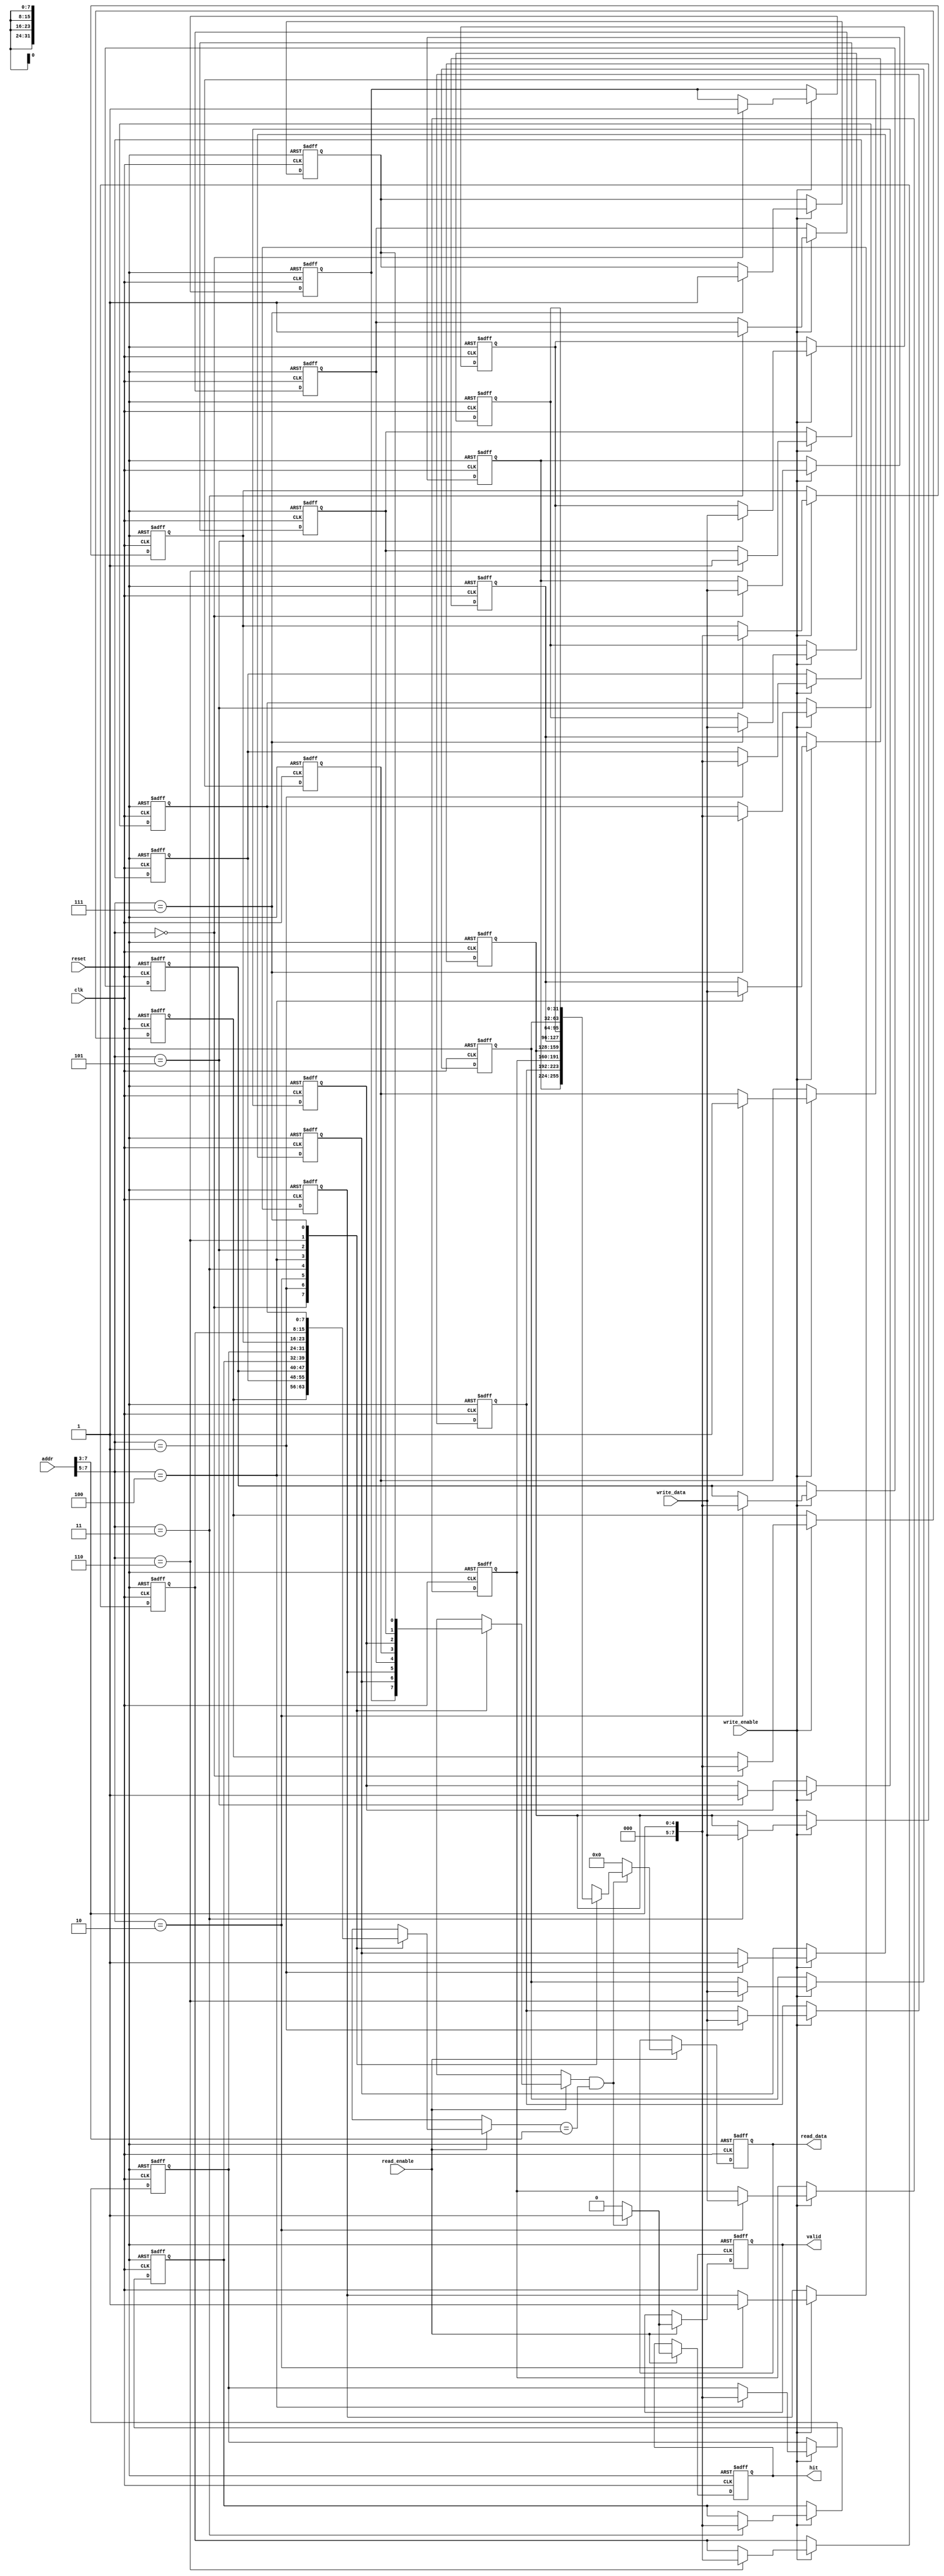
module private_cache #(
    parameter CACHE_SIZE = 256, // Total cache size in bytes
    parameter BLOCK_SIZE = 32,   // Block size in bytes
    parameter NUM_BLOCKS = CACHE_SIZE / BLOCK_SIZE,
    parameter ADDR_WIDTH = 8,    // Address width (log2(CACHE_SIZE))
    parameter DATA_WIDTH = 32     // Data width
)(
    input wire clk,
    input wire reset,
    input wire [ADDR_WIDTH-1:0] addr, // Address for read/write
    input wire [DATA_WIDTH-1:0] write_data, // Data to write
    input wire read_enable,
    input wire write_enable,
    output reg [DATA_WIDTH-1:0] read_data, // Data to read
    output reg hit, // Hit signal
    output reg valid // Valid signal
);

    // Cache line structure
    reg [ADDR_WIDTH-1:0] tags [0:NUM_BLOCKS-1]; // Tags for each block
    reg [DATA_WIDTH-1:0] cache [0:NUM_BLOCKS-1]; // Data storage
    reg valid_bits [0:NUM_BLOCKS-1]; // Valid bits for each block

    // Calculate block index and tag from address
    wire [ADDR_WIDTH-1:0] block_index = addr[ADDR_WIDTH-1:log2(BLOCK_SIZE)];
    wire [ADDR_WIDTH-1:0] tag = addr[ADDR_WIDTH-1:log2(NUM_BLOCKS)];

    integer i;

    // Log2 function
    function integer log2;
        input integer value;
        begin
            log2 = 0;
            while (2**log2 < value) begin
                log2 = log2 + 1;
            end
        end
    endfunction

    // Cache initialization
    always @(posedge clk or posedge reset) begin
        if (reset) begin
            for (i = 0; i < NUM_BLOCKS; i = i + 1) begin
                valid_bits[i] <= 1'b0;
                tags[i] <= {ADDR_WIDTH{1'b0}};
                cache[i] <= {DATA_WIDTH{1'b0}};
            end
            hit <= 1'b0;
            read_data <= {DATA_WIDTH{1'b0}};
            valid <= 1'b0;
        end else begin
            // Read operation
            if (read_enable) begin
                if (valid_bits[block_index] && (tags[block_index] == tag)) begin
                    read_data <= cache[block_index]; // Cache hit
                    hit <= 1'b1;
                    valid <= 1'b1;
                end else begin
                    read_data <= {DATA_WIDTH{1'b0}}; // Cache miss
                    hit <= 1'b0;
                    valid <= 1'b0;
                end
            end

            // Write operation
            if (write_enable) begin
                cache[block_index] <= write_data; // Write data to cache
                tags[block_index] <= tag; // Update tag
                valid_bits[block_index] <= 1'b1; // Mark as valid
            end
        end
    end
endmodule